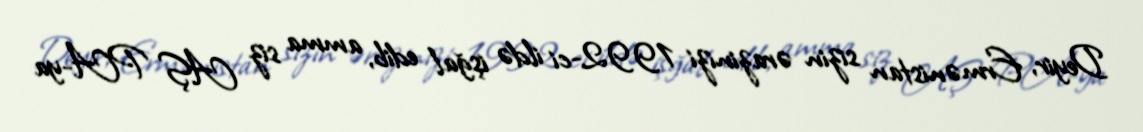
Deyir, Ermənistan sizin ərazinizi 1992-ci ildə işğal edib, amma siz AŞ PA-ya